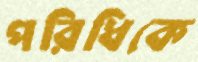
পরিধিকে